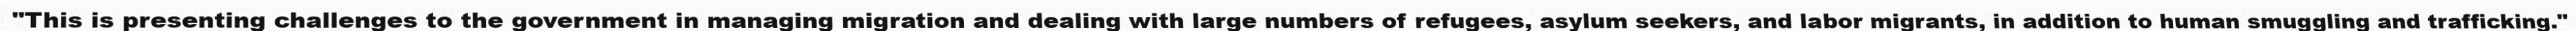
"This is presenting challenges to the government in managing migration and dealing with large numbers of refugees, asylum seekers, and labor migrants, in addition to human smuggling and trafficking."